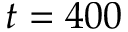
t = 4 0 0